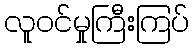
လူဝင်မှုကြီးကြပ်